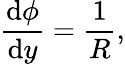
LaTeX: \frac{\mathrm{d}\phi}{\mathrm{d}y}={\frac{1}{R}},